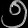
Digit: ၅